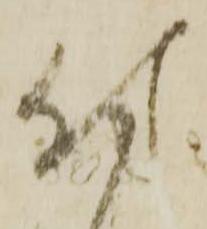
付